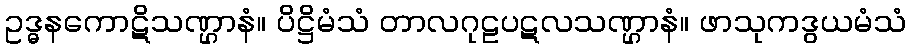
ဥဒ္ဓနကောဋိသဏ္ဌာနံ။ ပိဋ္ဌိမံသံ တာလဂုဠပဋလသဏ္ဌာနံ။ ဖာသုကဒွယမံသံ